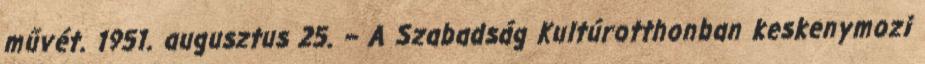
művét. 1951. augusztus 25. – A Szabadság Kultúrotthonban keskenymozi